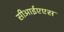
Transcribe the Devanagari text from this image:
सीआईएएस